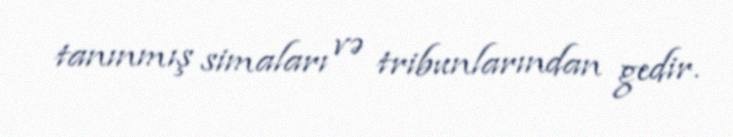
tanınmış simaları və tribunlarından gedir.